Vabadussoja_Ajaloo_Komitee, lk 65
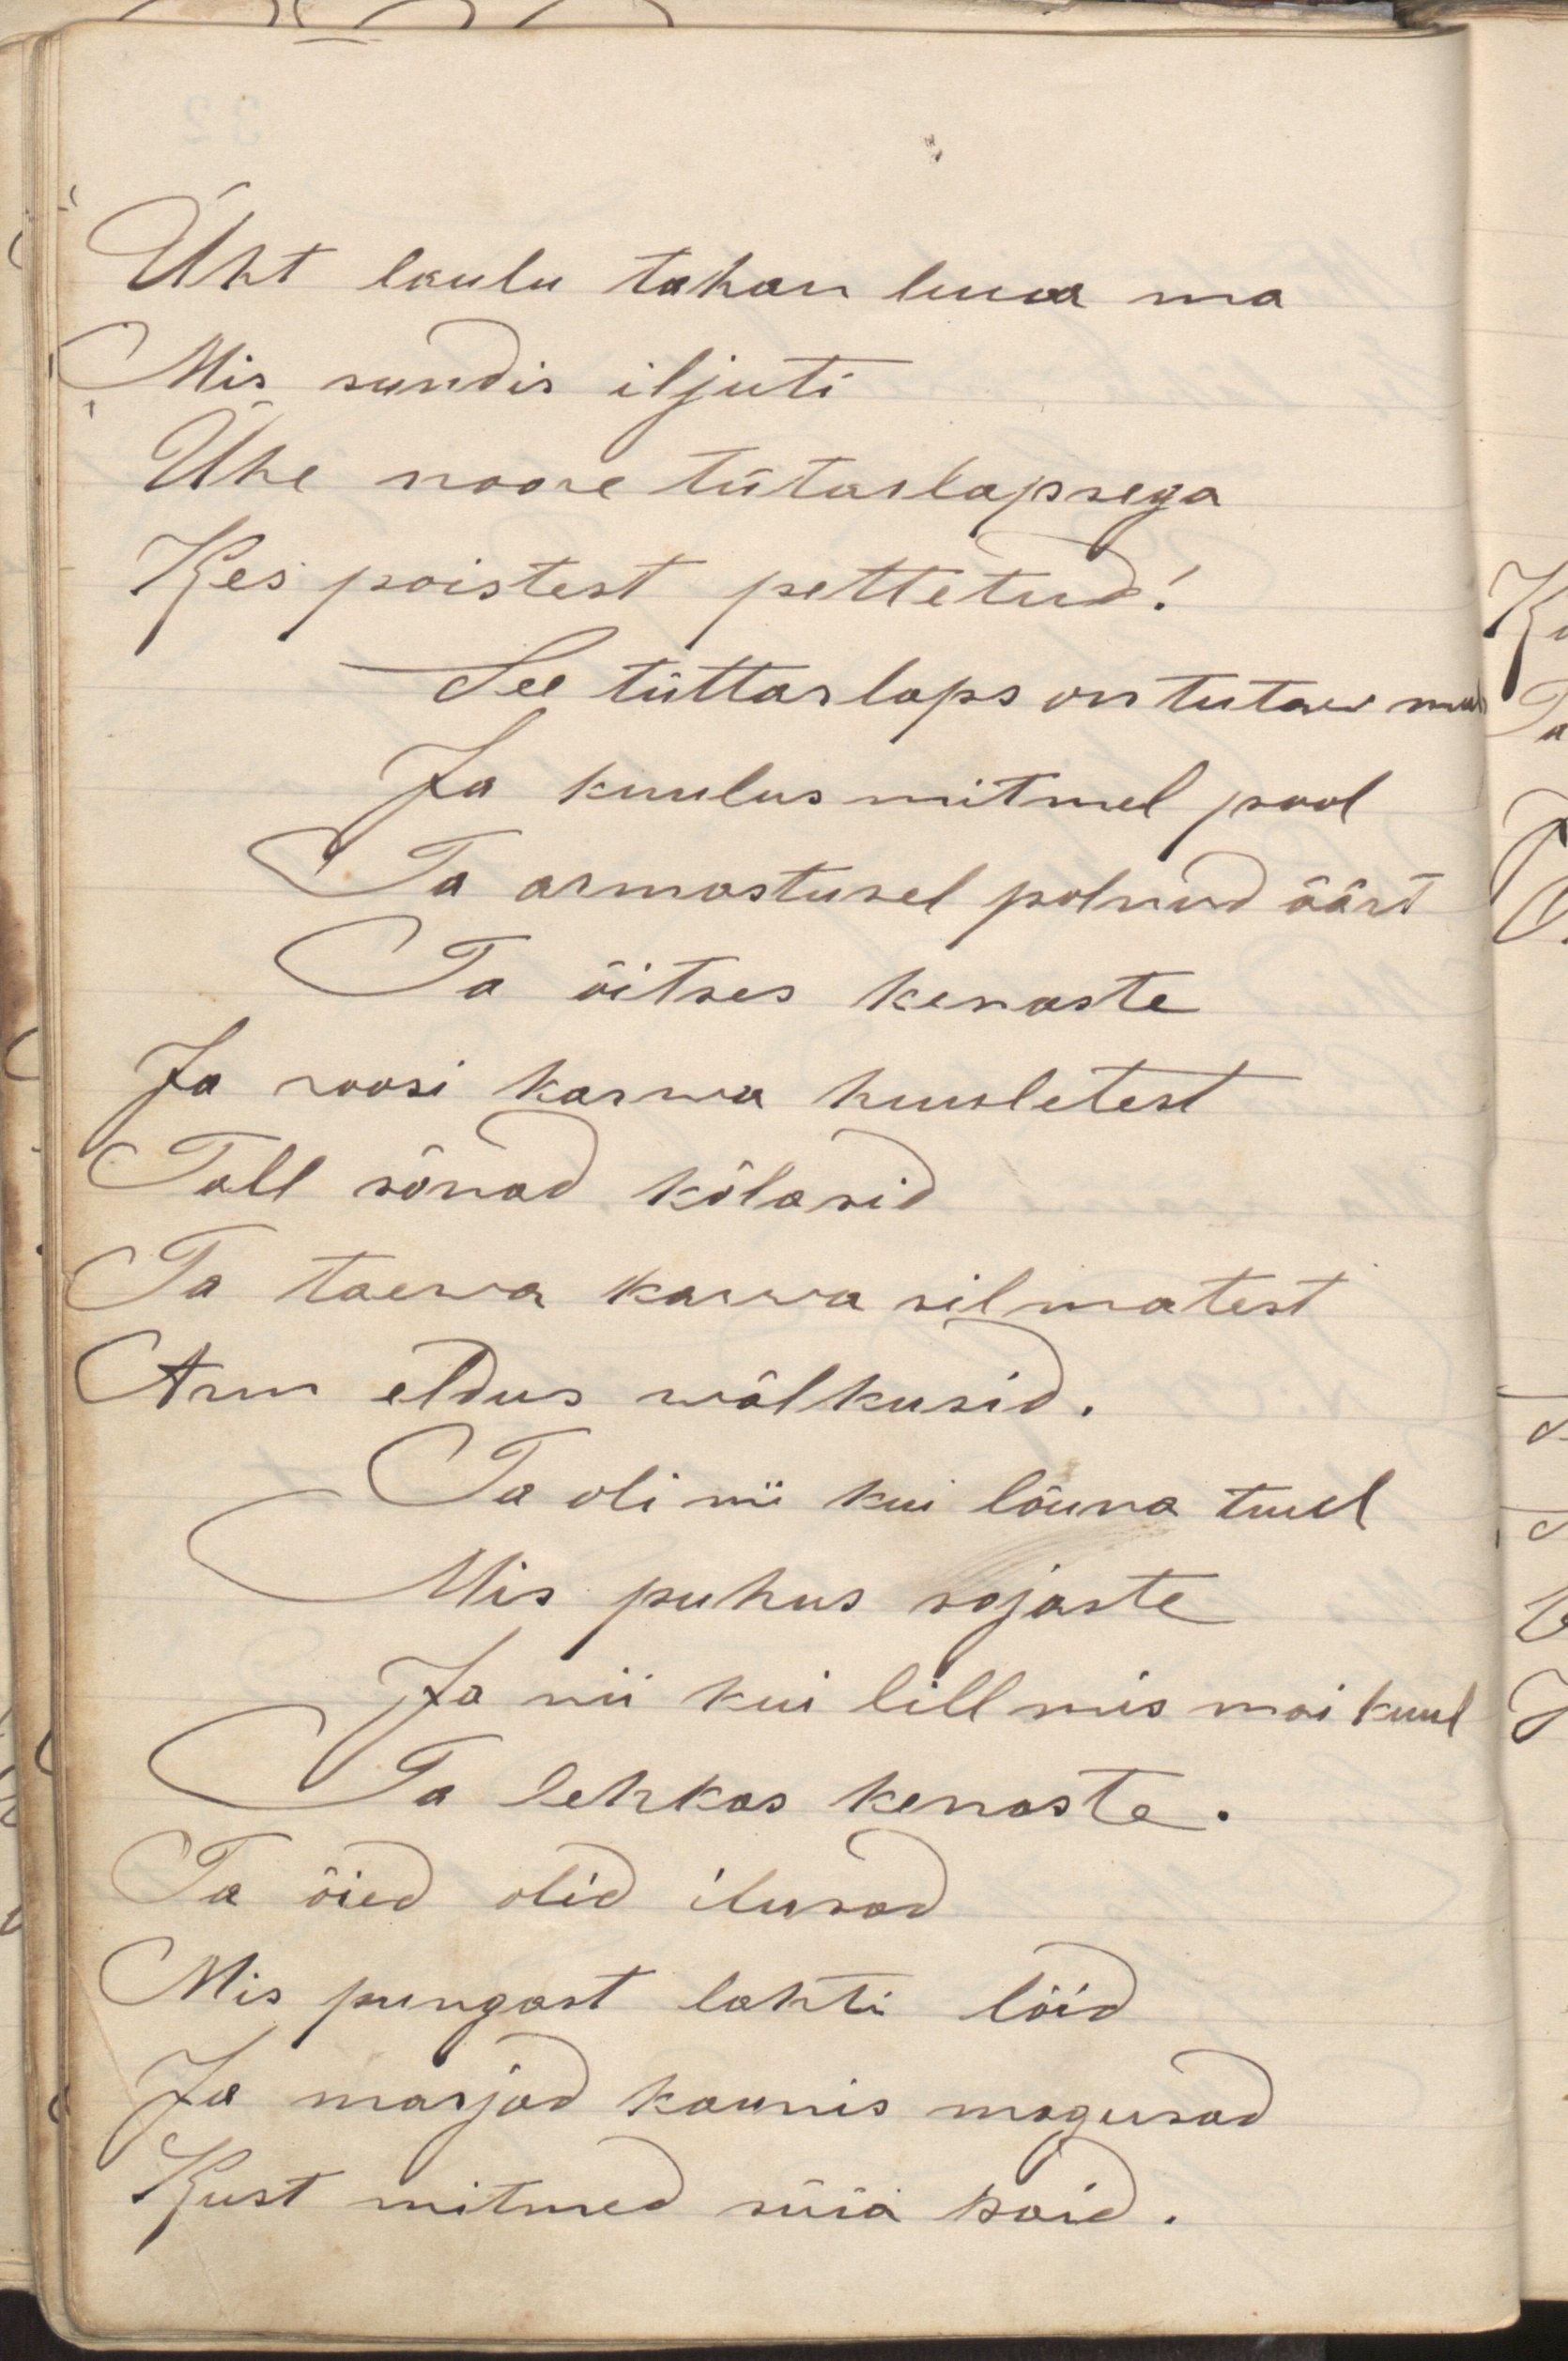
Üht laulu tahan luua ma
Mis sundis iljuti
Ühe noore tütarlapsega
Kes poistest pettetud!
See tüttarlaps on tutaw mul
Ja kuulus mitmel pool
Ta armastusel polnud äärt
Ta õitses kenaste
Ja roosi karwa huuletest
Tall sõnad kõlasid
Ta taewa karwa silmatest
Arm eldus wälkusid
Ta oli nii kui lõuna tuul
Mis puhus sojaste
Ja nii kui lill mis mai kuul
Ta lehkas kenaste.
Ta õied olid ilusad
Mis pungast lahti lõid
Ja marjad kaunis magusad
Kust mitmed süüa said.